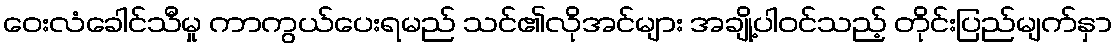
ဝေးလံခေါင်သီမှု ကာကွယ်ပေးရမည် သင်၏လိုအင်များ အချို့ပါဝင်သည့် တိုင်းပြည်မျက်နှာ